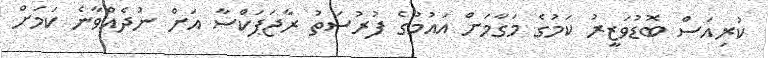
ކުރިއަސް ބޮޑުވަޒީރު ކަމުގެ މަގާމަށް އައުމުގެ ފުރުސަތު ރާޖަޕަކްްސާ އަށް ނުދެއްވާނެ ކަމަށް